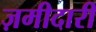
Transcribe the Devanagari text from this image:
ज़मीदारी